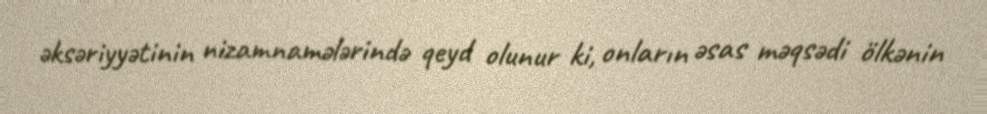
əksəriyyətinin nizamnamələrində qeyd olunur ki, onların əsas məqsədi ölkənin